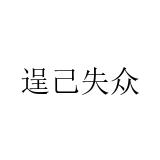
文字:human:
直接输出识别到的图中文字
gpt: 逞己失众